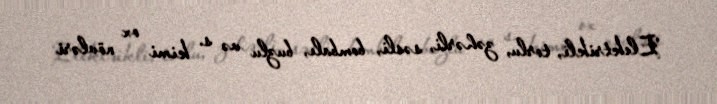
Elektrikli, torlu, zəhərli, səsli, bombalı, buzlu və s. kimi ox növləri